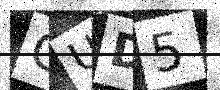
Text: GUD5